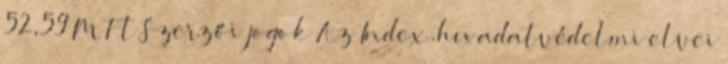
52,59 M Ft Szerzői jogok Az Index.hu adatvédelmi elvei